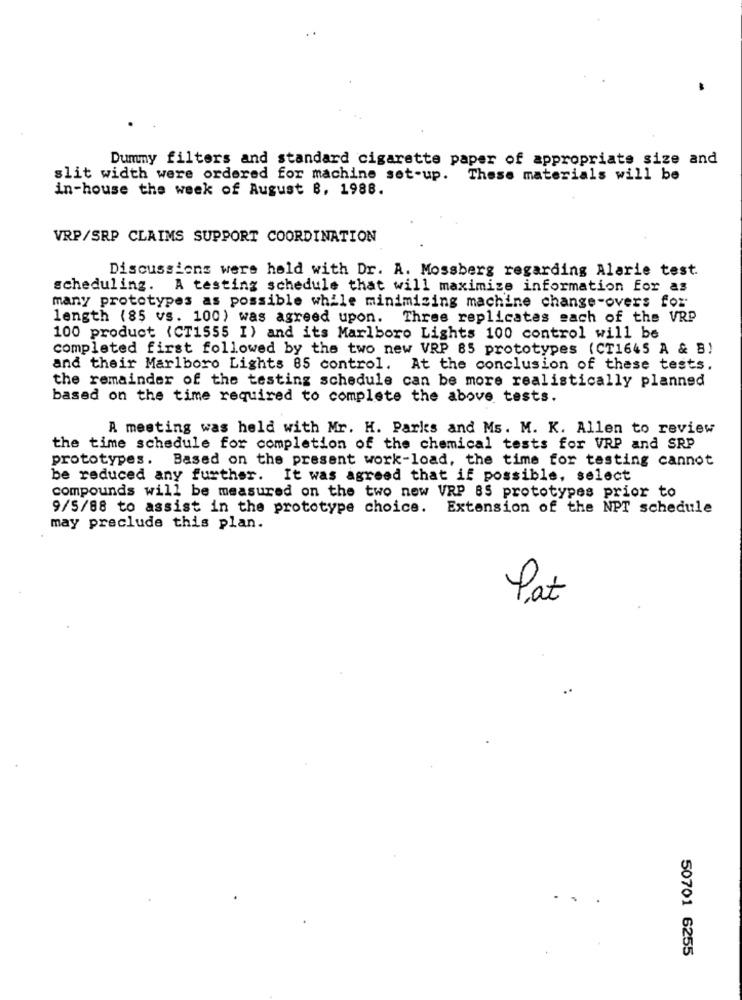
Dummy filters and standard cigarette paper of appropriate size and
slit width were ordered for machine set-up. These materials will be
in-house the week of August B, 1988.
VRP/SRP CLAIMS SUPPORT COORDINATION
Discussions were held with Dr. A. Mossberg regarding Alarie test.
scheduling. A testing schedule that will maximize information for as
many prototypes as possible while minimizing machine change-overs for
length (85 vs. 100) was agreed upon. Three replicates each of the VRP
100 product (CT1555 I) and its Marlboro Lights 100 control will be
completed first followed by the two new VRP 85 prototypes (CT1645 A & B)
and their Marlboro Lights 85 control. At the conclusion of these tests.
the remainder of the testing schedule can be more realistically planned
based on the time required to complete the above tests.
A meeting was held with Mr. H. Parks and Ms. M. K. Allen to review
the time schedule for completion of the chemical tests for VRP and SRP
prototypes. Based on the present work-load, the time for testing cannot
be reduced any further. It was agreed that if possible, select
compounds will be measured on the two new VRP 85 prototypes prior to
9/5/88 to assist in the prototype choice.
Extension of the NPT schedule
may preclude this plan.
Pat
50701 6255